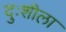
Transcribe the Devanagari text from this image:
दुःशीला